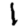
Digit: 1